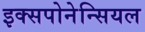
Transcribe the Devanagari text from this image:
इक्सपोनेन्सियल